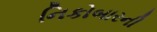
નિકોબારની